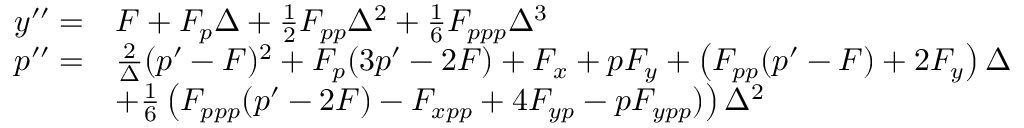
\begin{array} { r l } { y ^ { \prime \prime } = } & { F + F _ { p } \Delta + \textstyle { \frac 1 2 } F _ { p p } \Delta ^ { 2 } + \frac { 1 } { 6 } F _ { p p p } \Delta ^ { 3 } } \\ { p ^ { \prime \prime } = } & { \frac { 2 } { \Delta } ( p ^ { \prime } - F ) ^ { 2 } + F _ { p } ( 3 p ^ { \prime } - 2 F ) + F _ { x } + p F _ { y } + \left( F _ { p p } ( p ^ { \prime } - F ) + 2 F _ { y } \right) \Delta } \\ & { + \frac { 1 } { 6 } \left( F _ { p p p } ( p ^ { \prime } - 2 F ) - F _ { x p p } + 4 F _ { y p } - p F _ { y p p } ) \right) \Delta ^ { 2 } } \end{array}